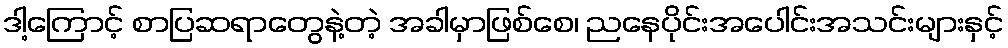
ဒါ့ကြောင့် စာပြဆရာတွေနဲ့တဲ့ အခါမှာဖြစ်စေ၊ ညနေပိုင်းအပေါင်းအသင်းများနှင့်